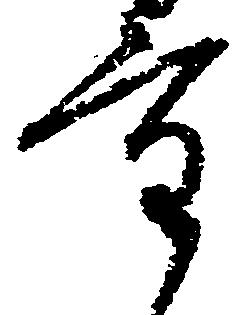
量